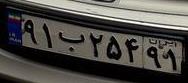
۹۱ب۲۵۴۹۱